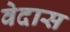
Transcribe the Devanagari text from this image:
वेदास